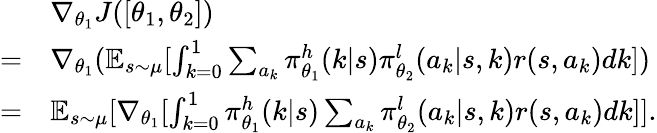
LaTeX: \begin{array}{rl}&{\nabla_{\theta_{1}}J(\left[\theta_{1},\theta_{2}\right])}\\ {=}&{\nabla_{\theta_{1}}(\mathbb{E}_{s\sim\mu}[\int_{k=0}^{1}\sum_{a_{k}}\pi_{\theta_{1}}^{h}(k|s)\pi_{\theta_{2}}^{l}(a_{k}|s,k)r(s,a_{k})dk])}\\ {=}&{\mathbb{E}_{s\sim\mu}[\nabla_{\theta_{1}}[\int_{k=0}^{1}\pi_{\theta_{1}}^{h}(k|s)\sum_{a_{k}}\pi_{\theta_{2}}^{l}(a_{k}|s,k)r(s,a_{k})dk]].}\end{array}